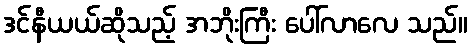
ဒင်နီယယ်ဆိုသည့် အဘိုးကြီး ပေါ်လာလေ သည်။